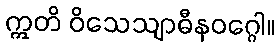
ဣတိ ဝိသေသျာဓီနဝဂ္ဂေါ။